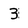
Character: 3